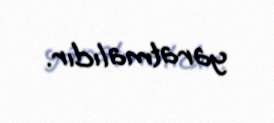
yaratmalıdır.